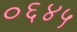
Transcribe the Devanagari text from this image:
०६४५